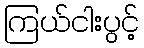
ကြယ်ငါးပွင့်